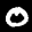
Label: 0